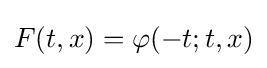
F(t,x)=\varphi (-t;t,x)